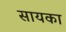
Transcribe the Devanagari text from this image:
सायका